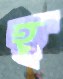
হূ